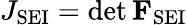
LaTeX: J_{\mathrm{SEI}}=\operatorname*{det}\mathbf{F}_{\mathrm{SEI}}